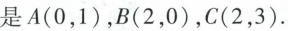
是A(0，1)，B(2，0)，C(2，3)。